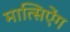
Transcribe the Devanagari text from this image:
मात्सिऐंग